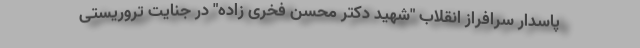
پاسدار سرافراز انقلاب "شهید دکتر محسن فخری زاده" در جنایت تروریستی